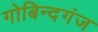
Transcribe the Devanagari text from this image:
गोबिन्दगंज